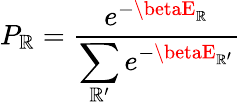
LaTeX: P_{\mathbb{R}}={\frac{{e^{-\betaE_{\mathbb{R}}}}}{{\displaystyle\sum_{\mathbb{R}^{\prime}}e^{-\betaE_{\mathbb{R}^{\prime}}}}}}